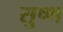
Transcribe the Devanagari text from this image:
सुष्ण